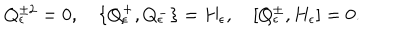
Q _ { \epsilon } ^ { \pm 2 } = 0 , \quad \{ Q _ { \epsilon } ^ { + } , Q _ { \epsilon } ^ { - } \} = H _ { \epsilon } , \quad [ Q _ { \epsilon } ^ { \pm } , H _ { \epsilon } ] = 0 .